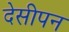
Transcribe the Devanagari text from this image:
देसीपन